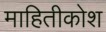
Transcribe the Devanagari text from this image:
माहितीकोश